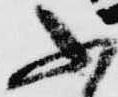
ふ